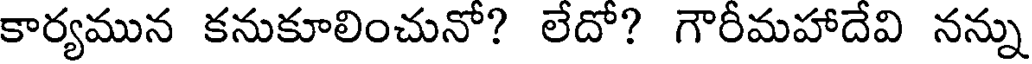
కార్యమున కనుకూలించునో? లేదో? గౌరీమహాదేవి నన్ను